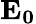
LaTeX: \mathbf{E_{0}}